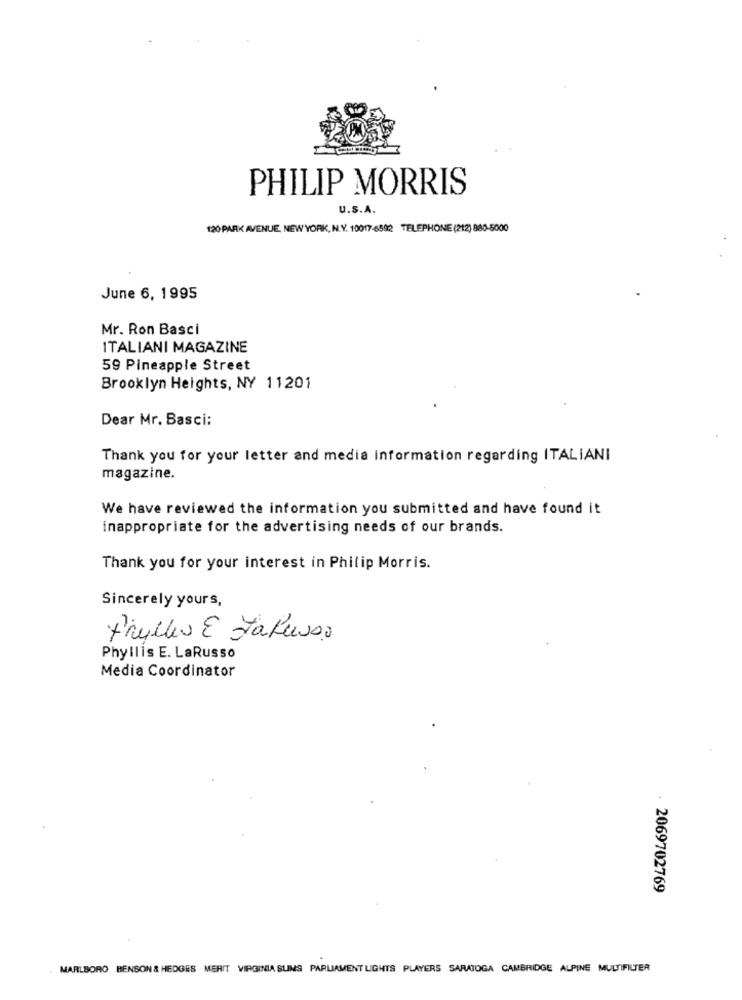
PHILIP MORRIS
U.S.A.
120 PARK AVENUE, NEW YORK, N.Y. 10017-6592 TELEPHONE (212) 880-5000
June 6, 1995
Mr. Ron Basci
ITALIANI MAGAZINE
59 Pineapple Street
Brooklyn Heights, NY 11201
Dear Mr. Basci:
Thank you for your letter and media information regarding ITALIANI
magazine.
We have reviewed the information you submitted and have found it
inappropriate for the advertising needs of our brands.
Thank you for your interest in Philip Morris.
Sincerely yours,
Phyllis E. LaRusso
Media Coordinator
. 2069702769
MARLBORO BENSON & HEDGES MERIT VIRGINIA SLIMS PARLIAMENT LIGHTS PLAYERS SARATOGA CAMBRIDGE ALPINE MULTIFILTER